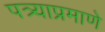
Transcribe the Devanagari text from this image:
पत्र्याप्रमाणे